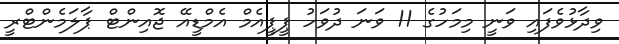
ވިދާޅުވެފައި ވަނީ މިމަހުގެ 11 ވަނަ ދުވަހު ޕީޕީއެމް އެމްޑީއޭ ޖޮއިންޓް ޕާލަމެންޓްރީ